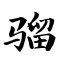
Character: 骝